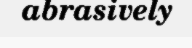
abrasively